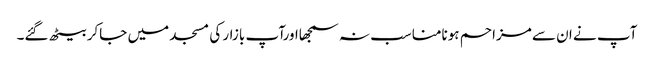
آپ نے ان سے مزاحم ہونامناسب نہ سمجھااورآپ بازار کی مسجد میں جاکر بیٹھ گئے۔